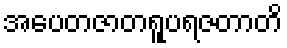
အပေတဇာတရူပရဇတာတိ